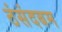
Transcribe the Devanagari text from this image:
ठंसंदबम